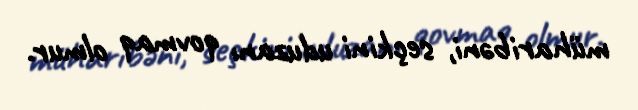
müharibəni, seçkini uduzanı qovmaq olmur.